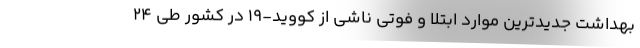
بهداشت جدیدترین موارد ابتلا و فوتی ناشی از کووید-۱۹ در کشور طی ۲۴